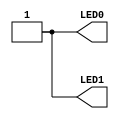
module main (output  LED0, output  LED1);
assign LED0 = 1'b1;
assign LED1 = 1'b1;
endmodule